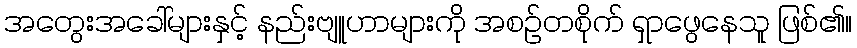
အတွေးအခေါ်များနှင့် နည်းဗျူဟာများကို အစဉ်တစိုက် ရှာဖွေနေသူ ဖြစ်၏။